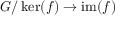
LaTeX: G / \ker ( f ) \to \operatorname { i m } ( f )